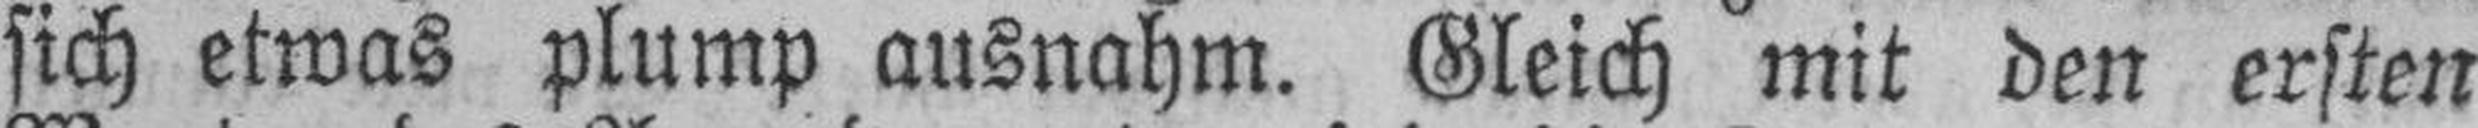
sich etwas plump ausnahm. Gleich mit den ersten